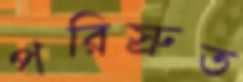
পরিস্রুত